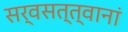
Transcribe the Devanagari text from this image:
सर्वसत्त्वानां